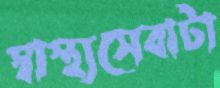
স্বাস্থ্যসেবাটা